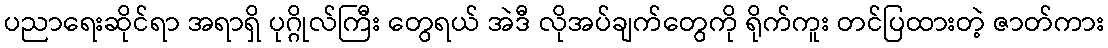
ပညာရေးဆိုင်ရာ အရာရှိ ပုဂ္ဂိုလ်ကြီး တွေရယ် အဲဒီ လိုအပ်ချက်တွေကို ရိုက်ကူး တင်ပြထားတဲ့ ဇာတ်ကား